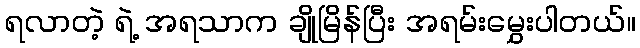
ရလာတဲ့ ရဲ့ အရသာက ချိုမြိန်ပြီး အရမ်းမွှေးပါတယ်။